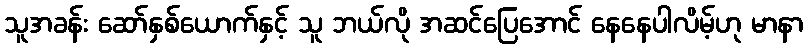
သူအခန်း ဆော်နှစ်ယောက်နှင့် သူ ဘယ်လို အဆင်ပြေအောင် နေနေပါလိမ့်ဟု မာနာ